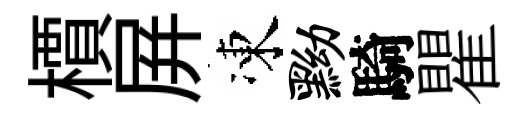
檟屛凍黝騎瞿